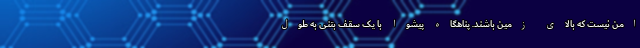
امن نیست که بالای زمین باشند. پناهگاه پیشوا با یک سقف بتنی به طول